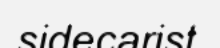
sidecarist